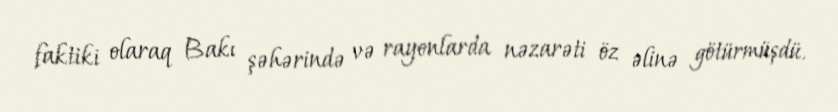
faktiki olaraq Bakı şəhərində və rayonlarda nəzarəti öz əlinə götürmüşdü.